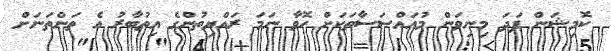
ކޮމިޝަން ފަދަ މިނިވަން މުއައްސަސާތަކަށް ހޮވާ ނަމަ ރައްޔިތުންގެ އިތުބާރު އެ ތަންތަނަށް